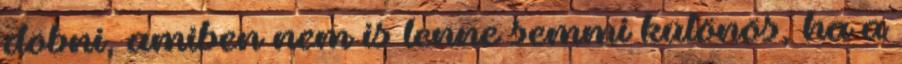
dobni, amiben nem is lenne semmi különös, ha a